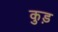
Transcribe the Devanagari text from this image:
कुड़